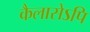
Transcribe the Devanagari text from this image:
कैलासेऽपि